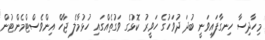
މިހާދިސާ ހިނގާފައިވަނީ ބުދަ ދުވަހުގެ ހަވީރު ކޮޅުގެ ވަގުތެއްގައި ހުޅުމާލެ ޖާހް އިންވެސްޓްމެންޓުން